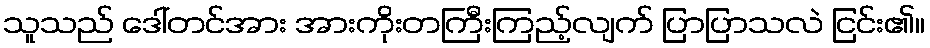
သူသည် ဒေါ်တင်အား အားကိုးတကြီးကြည့်လျက် ပြာပြာသလဲ ငြင်း၏။